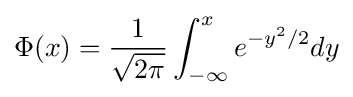
\Phi (x)={\frac {1}{\sqrt {2\pi }}}\int _{-\infty }^{x}e^{-y^{2}/2}dy